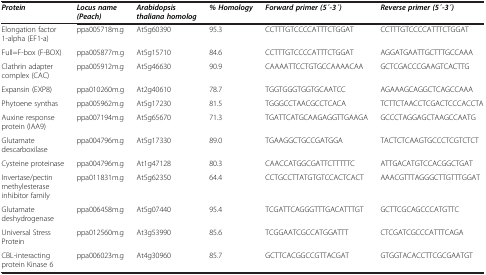
| Protein | Locus name (Peach) | Arabidopsis thaliana homolog | % Homology | Forward primer (5 ́-3 ́) | Reverse primer (5 ́-3 ́) |
 | --- | --- | --- | --- | --- | --- |
 | Elongation factor 1-alpha (EF1-a) | ppa005718m.g | At5g60390 | 95.3 | CCTTTGTCCCCATTTCTGGAT | CCTTTGTCCCCATTTCTGGAT |
 | Full=F-box (F-BOX) | ppa005877m.g | At5g15710 | 84.6 | CCTTTGTCCCCATTTCTGGAT | AGGATGAATTGCTTTGCCAAA |
 | Clathrin adapter complex (CAC) | ppa005912m.g | At5g46630 | 90.9 | CAAAATTCCTGTGCCAAAACAA | GCTCGACCCGAAGTCACTTG |
 | Expansin (EXP8) | ppa010260m.g | At2g40610 | 78.7 | TGGTGGGTGGTGCAATCC | AGAAAGCAGGCTCAGCCAAA |
 | Phytoene synthas | ppa005962m.g | At5g17230 | 81.5 | TGGGCCTAACGCCTCACA | TCTTCTAACCTCGACTCCCACCTA |
 | Auxine response protein (IAA9) | ppa007194m.g | At5g65670 | 71.3 | TGATTCATGCAAGAGGTTGAAGA | GCCCTAGGAGCTAAGCCAATG |
 | Glutamate descarboxilase | ppa004796m.g | At5g17330 | 89.0 | TGAAGGCTGCCGATGGA | TACTCTCAAGTGCCCTCGTCTCT |
 | Cysteine proteinase | ppa004796m.g | At1g47128 | 80.3 | CAACCATGGCGATTCTTTTTC | ATTGACATGTCCACGGCTGAT |
 | Invertase/pectin methylesterase inhibitor family | ppa011831m.g | At5g62350 | 64.4 | CCTGCCTTATGTGTCCACTCACT | AAACGTTTAGGGCTTGTTTGGAT |
 | Glutamate deshydrogenase | ppa006458m.g | At5g07440 | 95.4 | TCGATTCAGGGTTTGACATTTGT | GCTTCGCAGCCCATGTTC |
 | Universal Stress Protein | ppa012560m.g | At3g53990 | 85.6 | TCGGAATCGCCATGGATTT | CTCGATCGCCCATTTCAGA |
 | CBL-interacting protein Kinase 6 | ppa006023m.g | At4g30960 | 85.7 | GCTTCACGGCCGTTACGAT | GTGGTACACCTTCGCGAATGT |